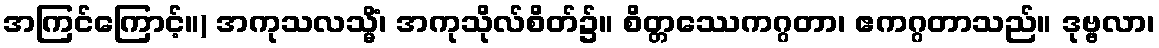
အကြင်ကြောင့်။) အကုသလသ္မိံ၊ အကုသိုလ်စိတ်၌။ စိတ္တဿေကဂ္ဂတာ၊ ဧကဂ္ဂတာသည်။ ဒုဗ္ဗလာ၊